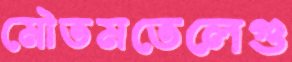
মৌতমতেলেগু